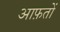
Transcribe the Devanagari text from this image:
आफ़तों